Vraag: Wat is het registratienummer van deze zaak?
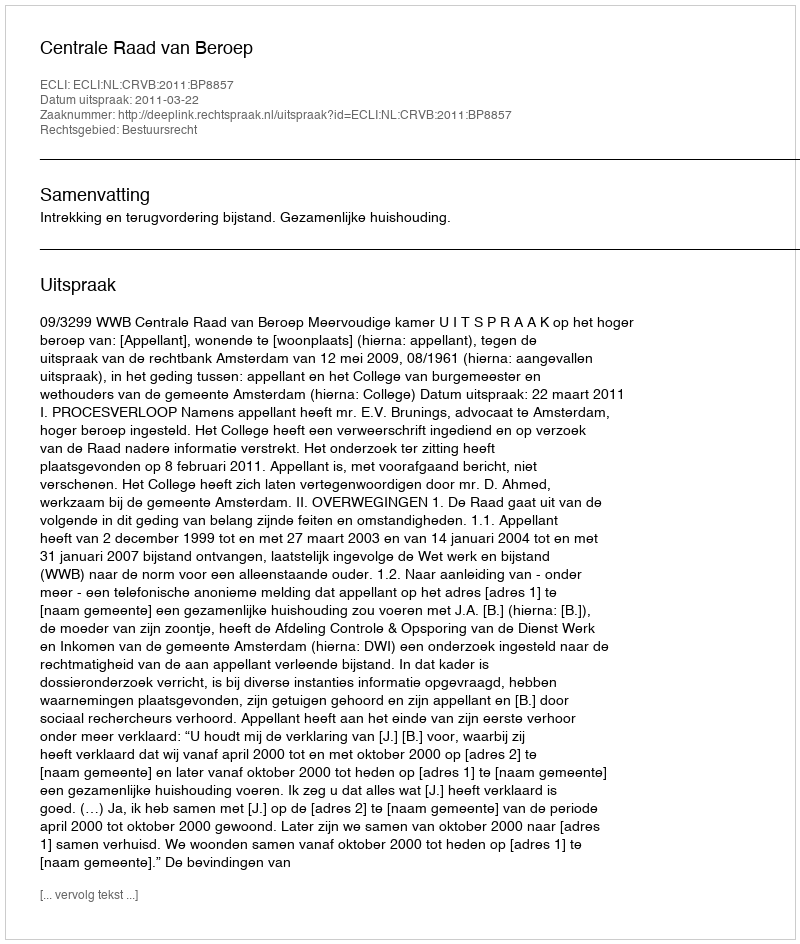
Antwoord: http://deeplink.rechtspraak.nl/uitspraak?id=ECLI:NL:CRVB:2011:BP8857